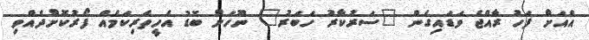
އެއަށް ފަހު ރާއްޖެ ވަޑައިގެން "ސަރުކާރު ހަބަރު" ނޫހަށް ބޮޑު އެހީތެރިކަމެއް ފޯރުކޮށްދެއްވި